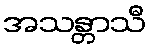
အသန္တာသီ